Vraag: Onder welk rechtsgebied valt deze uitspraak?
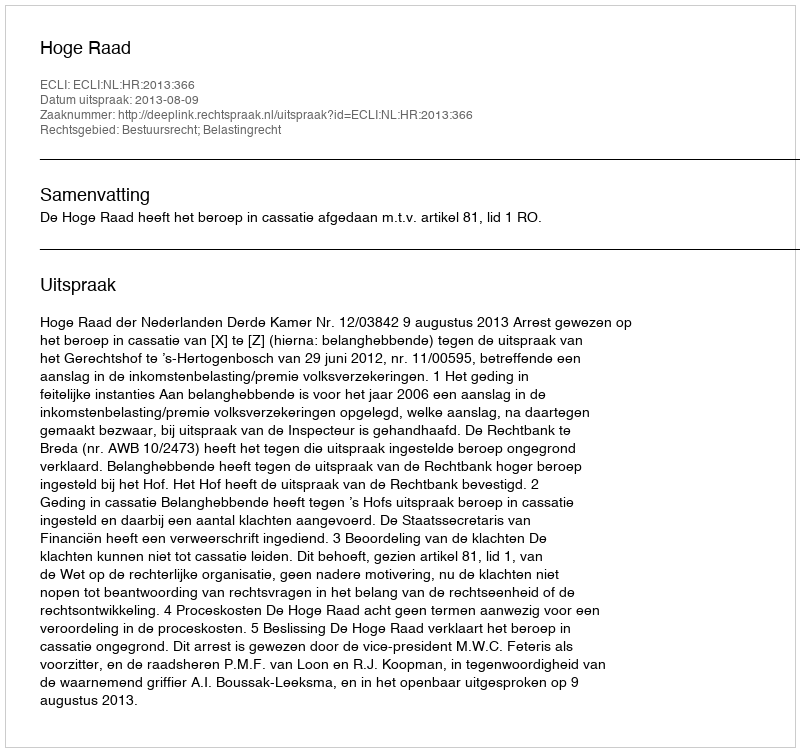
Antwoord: Bestuursrecht; Belastingrecht